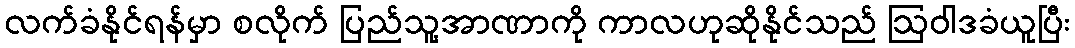
လက်ခံနိုင်ရန်မှာ စလိုက် ပြည်သူ့အာဏာကို ကာလဟုဆိုနိုင်သည် ဩဝါဒခံယူပြီး